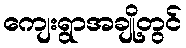
ကျေးရွာအချို့တွင်